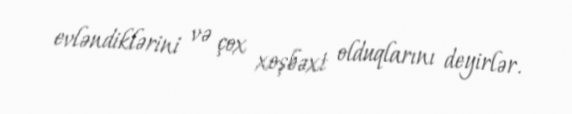
evləndiklərini və çox xoşbəxt olduqlarını deyirlər.